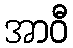
အာဝီ